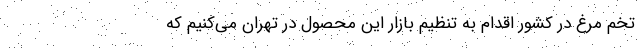
تخم مرغ در کشور اقدام به تنظیم بازار این محصول در تهران می‌کنیم که